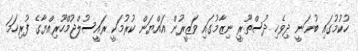
ހުކުމުގައި ބުނަނީ ދިވެހި ދުސްތޫރީ ނިޒާމުގައި ވަޒީރުން އައްޔަން ކުރުމަކީ ރައީސުލްޖުމްހޫރިއްޔާގެ ފުރިހަމަ